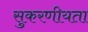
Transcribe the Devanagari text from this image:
सुकरणीयता